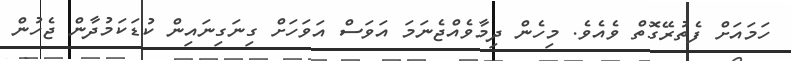
ހަމައަށް ފެތުރޭގޮތް ވެއެވެ. މިހެން ދިމާވެއްޖެނަމަ އަވަސް އަވަހަށް ގިނަގިނައިން ކުޑަކަމުދާން ޖެހުން